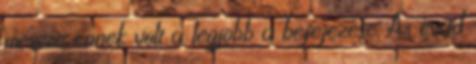
messze ennek volt a legjobb a befejezése. Az évad